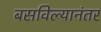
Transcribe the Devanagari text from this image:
बसविल्यानंतर